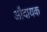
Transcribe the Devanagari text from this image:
औदायक